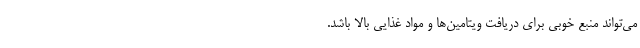
می‌تواند منبع خوبی برای دریافت ویتامین‌ها و مواد غذایی بالا باشد.